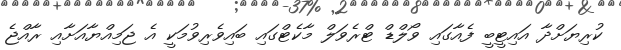
ކުރިޔަށްދާ އައިޓީބީ ފެއާގައި ވޯލްޑް ޓްރެވަލް މާކެޓްގައި ބައިވެރިވުމަކީ އެ ޖަމިއްޔާއަށާއި ރާއްޖެ